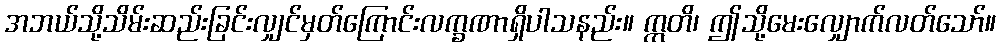
အဘယ်သို့သိမ်းဆည်းခြင်းလျှင်မှတ်ကြောင်းလက္ခဏာရှိပါသနည်း။ ဣတိ၊ ဤသို့မေးလျှောက်လတ်သော်။